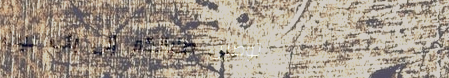
توصيل طلباتكم إلى باب بيت